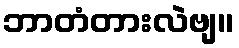
ဘာတံတားလဲဗျ။